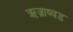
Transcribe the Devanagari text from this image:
ऋज्राष्वड